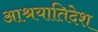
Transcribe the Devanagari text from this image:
आश्रयातिदेश